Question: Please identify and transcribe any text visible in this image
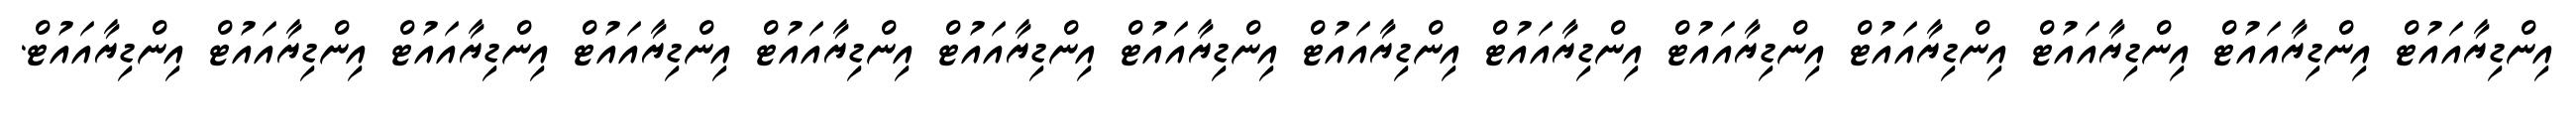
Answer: އިންޑިޔާއައުޓް އިންޑިޔާއައުޓް އިންޑިޔާއައުޓް އިންޑިޔާއައުޓް އިންޑިޔާއައުޓް އިންޑިޔާއައުޓް އިންޑިޔާއައުޓް އިންޑިޔާއައުޓް އިންޑިޔާއައުޓް އިންޑިޔާއައުޓް އިންޑިޔާއައުޓް އިންޑިޔާއައުޓް އިންޑިޔާއައުޓް އިންޑިޔާއައުޓް.